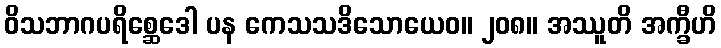
ဝိသဘာဂပရိစ္ဆေဒေါ ပန ကေသသဒိသောယေဝ။ ၂၀၈။ အဿူတိ အက္ခီဟိ